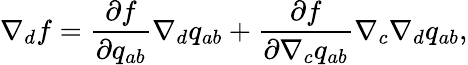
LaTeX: \nabla_{d}f=\frac{\partial f}{\partial q_{ab}}\nabla_{d}q_{ab}+\frac{\partial f}{\partial\nabla_{c}q_{ab}}\nabla_{c}\nabla_{d}q_{ab},